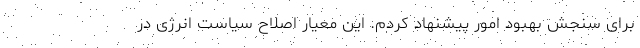
برای سنجش بهبود امور پیشنهاد کردم. این معیار اصلاح سیاست انرژی در